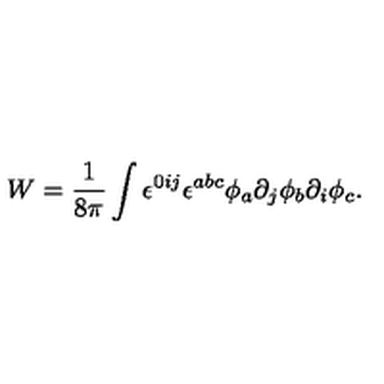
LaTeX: W = { \frac { 1 } { 8 \pi } } \int \epsilon ^ { 0 i j } \epsilon ^ { a b c } \phi _ { a } \partial _ { j } \phi _ { b } \partial _ { i } \phi _ { c } .